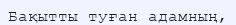
Бақытты туған адамның,